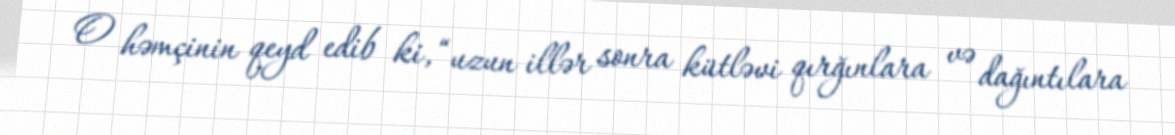
O həmçinin qeyd edib ki, “uzun illər sonra kütləvi qırğınlara və dağıntılara